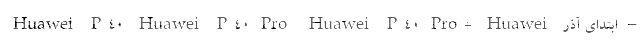
– ابتدای آذر  Huawei P40  Huawei P40 Pro  Huawei P40 Pro+  Huawei